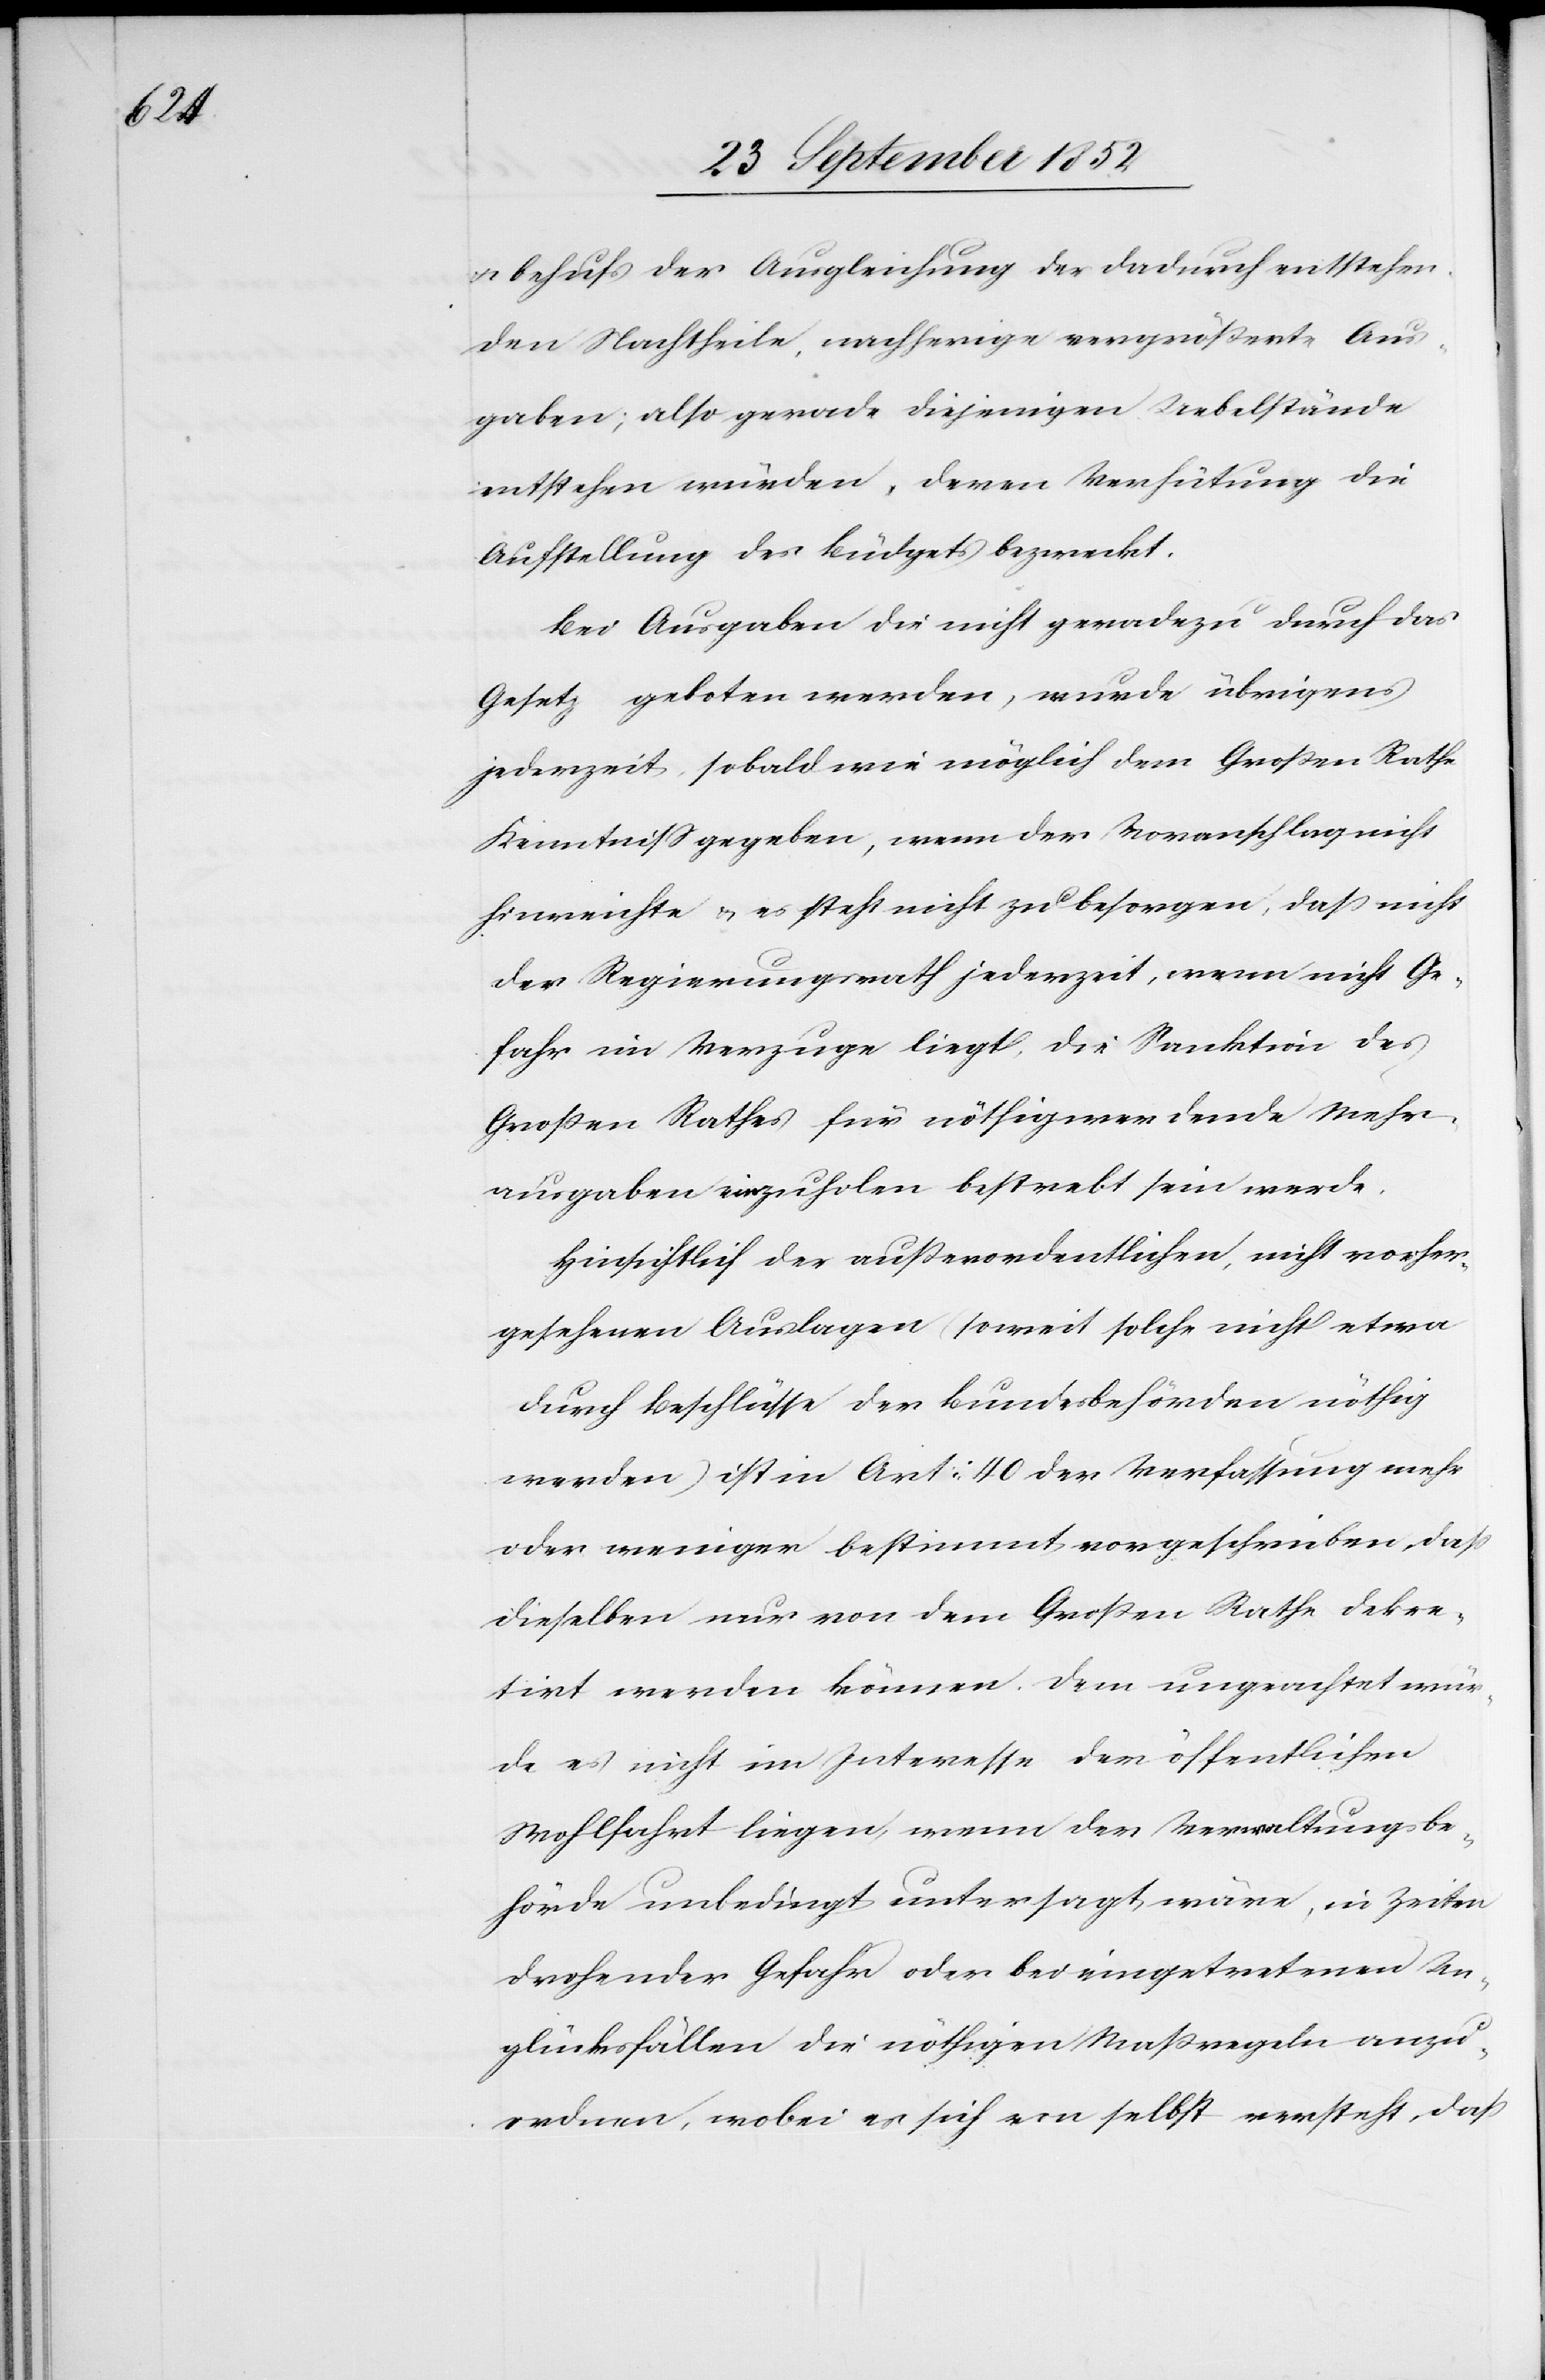
& behufs der Ausgleichung der dadurch entstehen¬
den Nachtheile, nachherige vergrößerte Aus¬
gaben; also gerade diejenigen Uebelstände
entstehen würden, deren Verhütung die
Aufstellung des Büdgets bezweckt.
Bei Ausgaben die nicht geradezu durch das
Gesetz geboten werden, wurde übrigens
jederzeit, sobald wie möglich dem Großen Rathe
Kenntniss gegeben, wenn der Voranschlag nicht
hinreichte & es steht nicht zu besorgen, daß nicht
der Regierungsrath jederzeit, wenn nicht Ge¬
fahr im Verzuge liegt, die Sanktion des
Großen Rathes für nöthig werdende Mehr¬
ausgaben einzuholen bestrebt sein werde.
Hinsichtlich der außerordentlichen, nicht vorher¬
gesehenen Auslagen (soweit solche nicht etwa
durch Beschlüsse der Bundesbehörden nöthig
werden) ist in Art: 40 der Verfassung mehr
oder weniger bestimmt vorgeschrieben, dass
dieselben nur von dem Großen Rathe dekre¬
tirt werden können. Dem ungeachtet wür¬
de es nicht im Interesse der öffentlichen
Wohlfahrt liegen, wenn der Verwaltungsbe¬
hörde unbedingt untersagt wäre, in Zeiten
drohender Gefahr oder bei eingetretenen Un¬
glücksfällen die nöthigen Maßregeln anzu¬
ordnen, wobei es sich von selbst versteht, daß